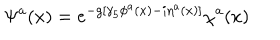
\Psi ^ { a } ( x ) = e ^ { - g [ \gamma _ { 5 } \phi ^ { a } ( x ) - i \eta ^ { a } ( x ) ] } \chi ^ { a } ( x )